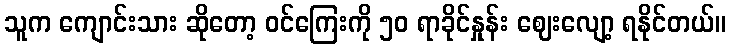
သူက ကျောင်းသား ဆိုတော့ ဝင်ကြေးကို ၅၀ ရာခိုင်နှုန်း ဈေးလျော့ ရနိုင်တယ်။